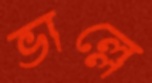
ভাল্লে